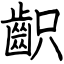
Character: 齞